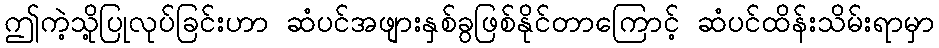
ဤကဲ့သို့ပြုလုပ်ခြင်းဟာ ဆံပင်အဖျားနှစ်ခွဖြစ်နိုင်တာကြောင့် ဆံပင်ထိန်းသိမ်းရာမှာ